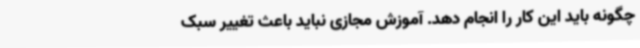
چگونه باید این کار را انجام دهد. آموزش مجازی نباید باعث تغییر سبک